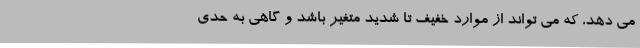
می دهد، که می تواند از موارد خفیف تا شدید متغیر باشد و گاهی به حدی